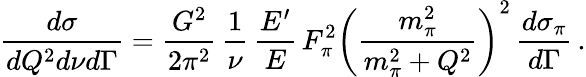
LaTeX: \frac{d\sigma}{dQ^{2}d\nu d\Gamma}=\frac{G^{2}}{2\pi^{2}}\, \frac{1}{\nu}\, \frac{E^{\prime}}{E}\, F_{\pi}^{2}\left(\frac{m_{\pi}^{2}}{m_{\pi}^{2}+Q^{2}}\right)^{2}\, \frac{d\sigma_{\pi}}{d\Gamma}\, .